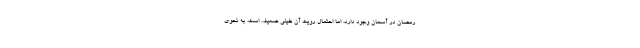
رمضان در آسمان وجود دارد، اما احتمال رویت آن خیلی ضعیف است، به نحوی